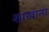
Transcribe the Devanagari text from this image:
शाखाना